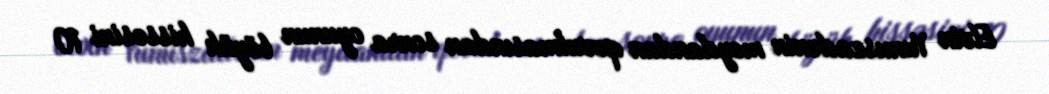
Elvin Yunuszadənin meydandan qovulmasından sonra oyunun böyük hissəsini 10